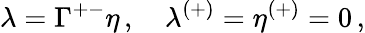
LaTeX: \lambda=\Gamma^{+-}\eta\, ,\quad\lambda^{(+)}=\eta^{(+)}=0\, ,